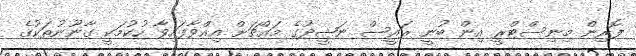
ފޮރިން މިނިސްޓްރީ އިން ބުނީ ރައީސް ނަޝީދުގެ މައްޗަށް އިއްވާފައިވާ ހުކުމަކީ ގާނޫނުތަކުގެ